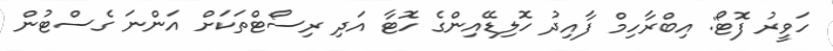
ހަވީރު ފޮޓޯ: އިބްރާހިމް ފާއިދު ހޮލިޑޭއިންގެ ހޮޓާ އަދި ރިސޯޓްތަކަށް އަންނަ ގެސްޓުން